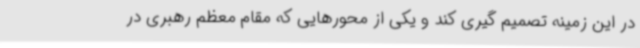
در این زمینه تصمیم گیری کند و یکی از محورهایی که مقام معظم رهبری در